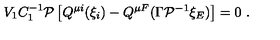
V _ { 1 } C _ { 1 } ^ { - 1 } { \cal P } \left[ Q ^ { \mu i } ( \xi _ { i } ) - Q ^ { \mu F } ( \Gamma { \cal P } ^ { - 1 } \xi _ { E } ) \right] = 0 \ .